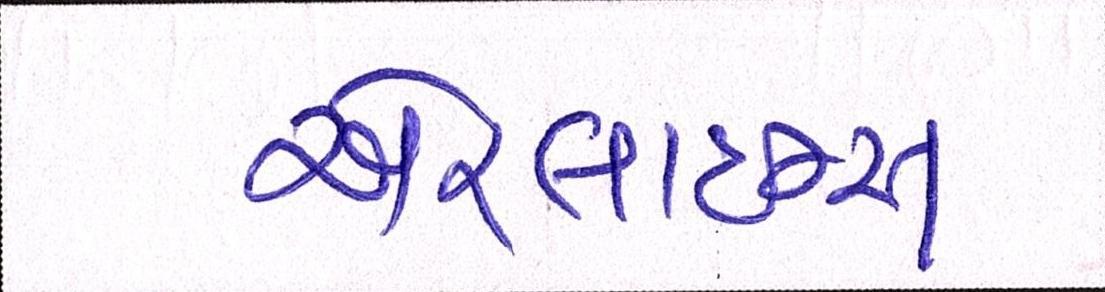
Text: એરલાઇન્સ